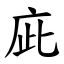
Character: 庛